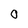
Character: O